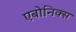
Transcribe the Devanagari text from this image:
एबोनिक्स